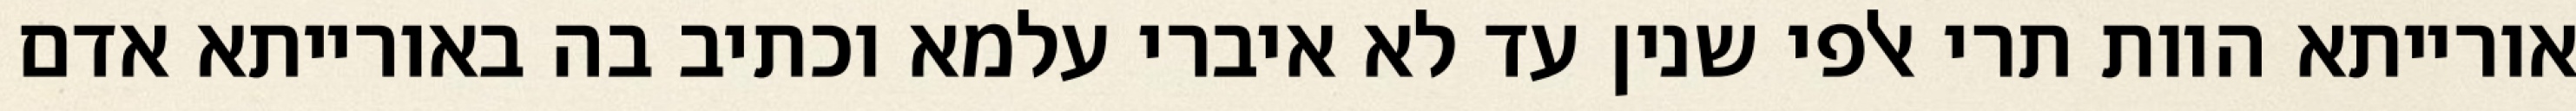
אורייתא הוות תרי אלפי שנין עד לא איברי עלמא וכתיב בה באורייתא אדם